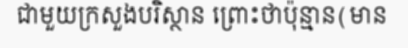
ជាមួយក្រសួងបរិស្ថាន ព្រោះថាប៉ុន្មាន(មាន